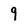
Character: 9